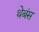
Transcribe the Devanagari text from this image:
थेबंस